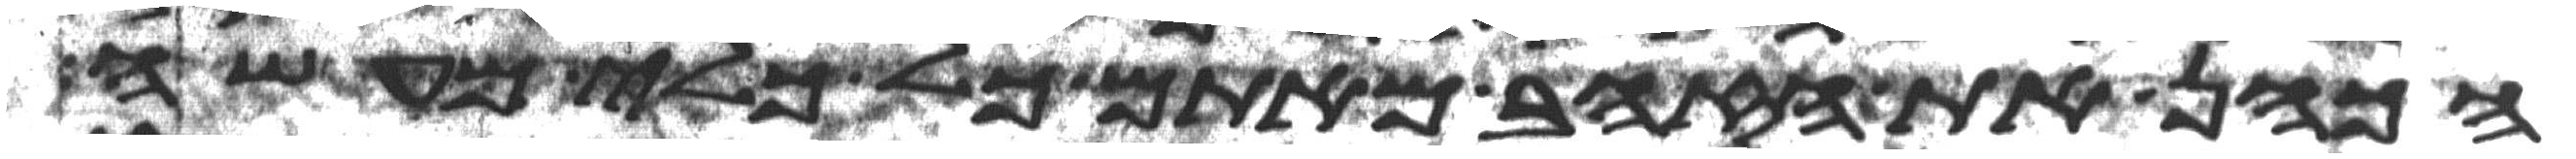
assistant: הכהן את הזהב מאתם כל כלי מעשה